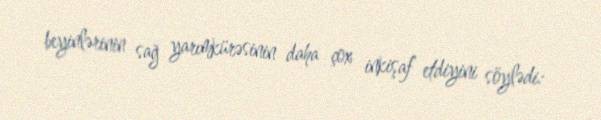
beyinlərinin sağ yarımkürəsinin daha çox inkişaf etdiyini söylədi: